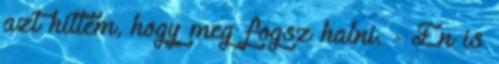
azt hittem, hogy meg fogsz halni. - Én is